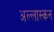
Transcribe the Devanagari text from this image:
अल्लास्कन